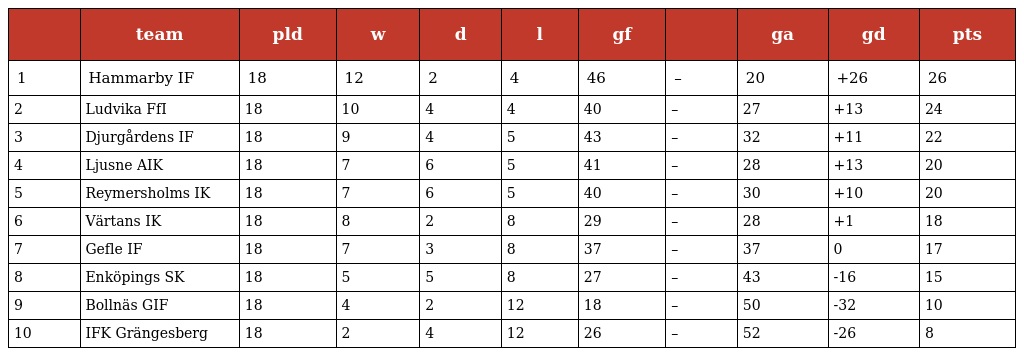
|  | team | pld | w | d | l | gf |  | ga | gd | pts |
 | --- | --- | --- | --- | --- | --- | --- | --- | --- | --- | --- |
 | 1 | Hammarby IF | 18 | 12 | 2 | 4 | 46 | – | 20 | +26 | 26 |
 | 2 | Ludvika FfI | 18 | 10 | 4 | 4 | 40 | – | 27 | +13 | 24 |
 | 3 | Djurgårdens IF | 18 | 9 | 4 | 5 | 43 | – | 32 | +11 | 22 |
 | 4 | Ljusne AIK | 18 | 7 | 6 | 5 | 41 | – | 28 | +13 | 20 |
 | 5 | Reymersholms IK | 18 | 7 | 6 | 5 | 40 | – | 30 | +10 | 20 |
 | 6 | Värtans IK | 18 | 8 | 2 | 8 | 29 | – | 28 | +1 | 18 |
 | 7 | Gefle IF | 18 | 7 | 3 | 8 | 37 | – | 37 | 0 | 17 |
 | 8 | Enköpings SK | 18 | 5 | 5 | 8 | 27 | – | 43 | -16 | 15 |
 | 9 | Bollnäs GIF | 18 | 4 | 2 | 12 | 18 | – | 50 | -32 | 10 |
 | 10 | IFK Grängesberg | 18 | 2 | 4 | 12 | 26 | – | 52 | -26 | 8 |